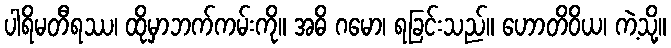
ပါရိမတီရဿ၊ ထိုမှာဘက်ကမ်းကို။ အဓိ ဂမော၊ ရခြင်းသည်။ ဟောတိဝိယ၊ ကဲ့သို့။